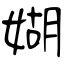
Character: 媩